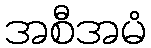
အစီအမံ